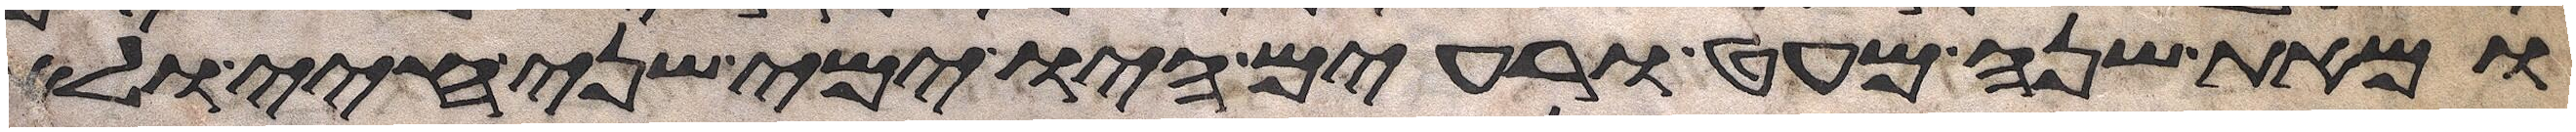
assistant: ומאת שנה מעט ורעים היו ימי שני חיי ולא